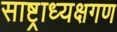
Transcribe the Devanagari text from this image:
साष्ट्राध्यक्षगण